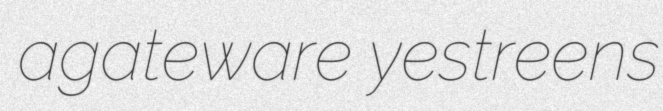
agateware yestreens